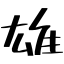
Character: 雄